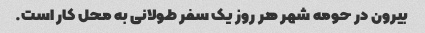
بیرون در حومه شهر هر روز یک سفر طولانی به محل کار است.